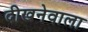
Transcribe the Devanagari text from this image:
दीखनेवाला